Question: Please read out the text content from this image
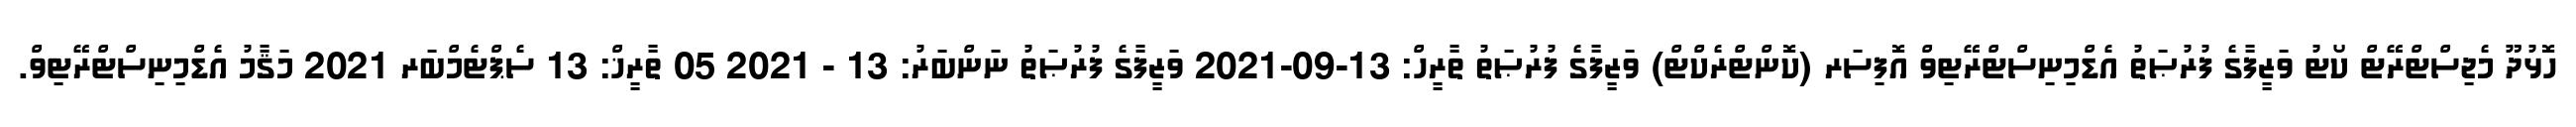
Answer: ހޮޅުދޫ މެޖިސްޓްރޭޓް ކޯޓު ވަޒީފާގެ ފުރުޞަތު އެޑްމިނިސްޓްރޭޓިވް އޮފިސަރ (ކޮންޓްރެކްޓް) ވަޒީފާގެ ފުރުޞަތު ތާރީހް: 13-09-2021 ވަޒީފާގެ ފުރުޞަތު ނަންބަރު: 13 - 2021 05 ތާރީޚް: 13 ސެޕްޓެމްބަރ 2021 މަޤާމު އެޑްމިނިސްޓްރޭޓިވް.